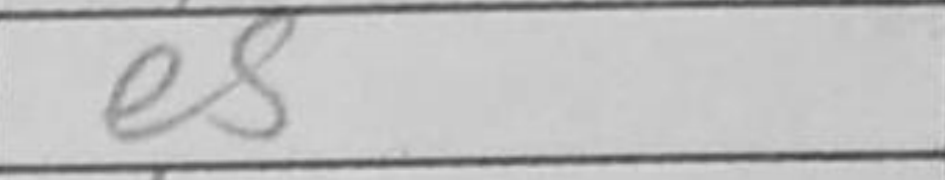
Transcription: fxg4+